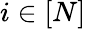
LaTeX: i\in[N]